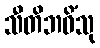
သီတိဘဝိံသု